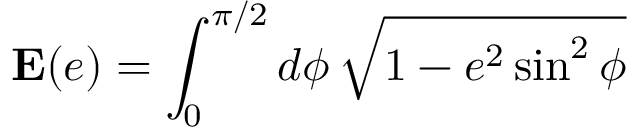
\mathbf { E } ( e ) = \int _ { 0 } ^ { \pi / 2 } d \phi \, \sqrt { 1 - e ^ { 2 } \sin ^ { 2 } \phi }